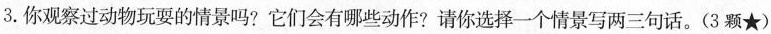
3.你观察过动物玩耍的情景吗?它们会有哪些动作?请你选择一个情景写两三句话。(3颗★)